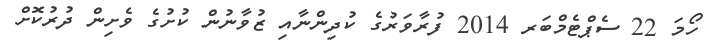
ހޯމަ 22 ސެޕްޓެމްބަރ 2014 ފުރާވަރުގެ ކުދިންނާއި ޒުވާނުން ކުށުގެ ވެށިން ދުރުކޮށް